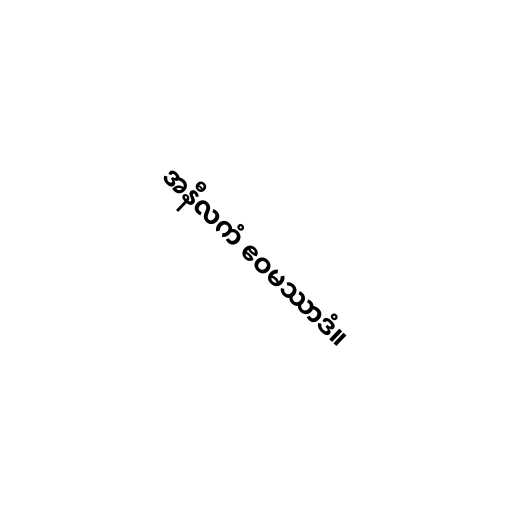
အနီလကံ ဧဝမဿာဒံ။